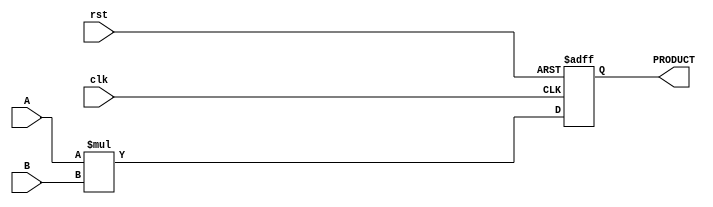
module parameterized_multiplier #(
    parameter WIDTH_A = 8,      // Bit-width of input A
    parameter WIDTH_B = 8,      // Bit-width of input B
    parameter WIDTH_OUT = WIDTH_A + WIDTH_B // Bit-width of the output PRODUCT
)(
    input wire clk,            // Clock input
    input wire rst,            // Reset input
    input wire [WIDTH_A-1:0] A, // Input A
    input wire [WIDTH_B-1:0] B, // Input B
    output reg [WIDTH_OUT-1:0] PRODUCT // Output PRODUCT
);

    // Always block for synchronous multiplication
    always @(posedge clk or posedge rst) begin
        if (rst) begin
            PRODUCT <= 0; // Reset the product to 0
        end else begin
            PRODUCT <= A * B; // Perform multiplication
        end
    end

endmodule